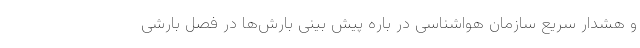
و هشدار سریع سازمان هواشناسی در باره پیش بینی بارش‌ها در فصل بارشی